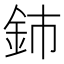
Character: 鈰